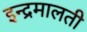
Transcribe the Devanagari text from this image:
इन्द्रमालती